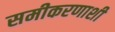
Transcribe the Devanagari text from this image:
समीकरणाशी